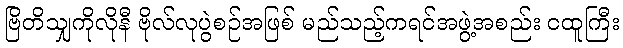
ဗြိတိသျှကိုလိုနီ ဗိုလ်လုပွဲစဉ်အဖြစ် မည်သည့်ကရင်အဖွဲ့အစည်း ငထူကြီး